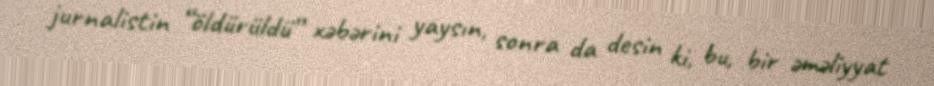
jurnalistin “öldürüldü” xəbərini yaysın, sonra da desin ki, bu, bir əməliyyat